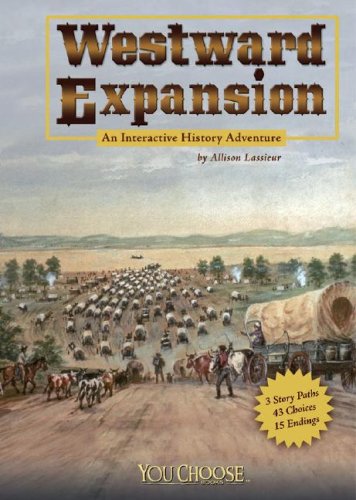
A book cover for Westward Expansion: An Interactive History Adventure (You Choose: History); Allison Lassieur; Children's Books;